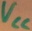
Text: VCC